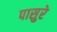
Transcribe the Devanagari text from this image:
पासुरे